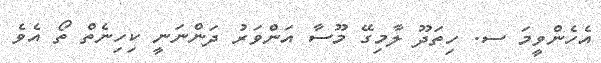
އެހެންވީމަ ސ. ހިތަދޫ ލާމިގޭ މޫސާ އަންވަރު ދަންނަނީ ކިހިނެތް ތޯ އެވެ